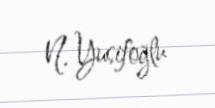
N. Yusifoğlu